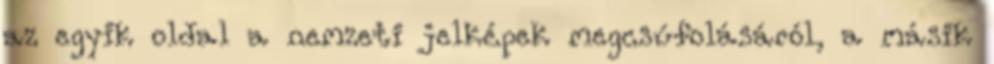
az egyik oldal a nemzeti jelképek megcsúfolásáról, a másik